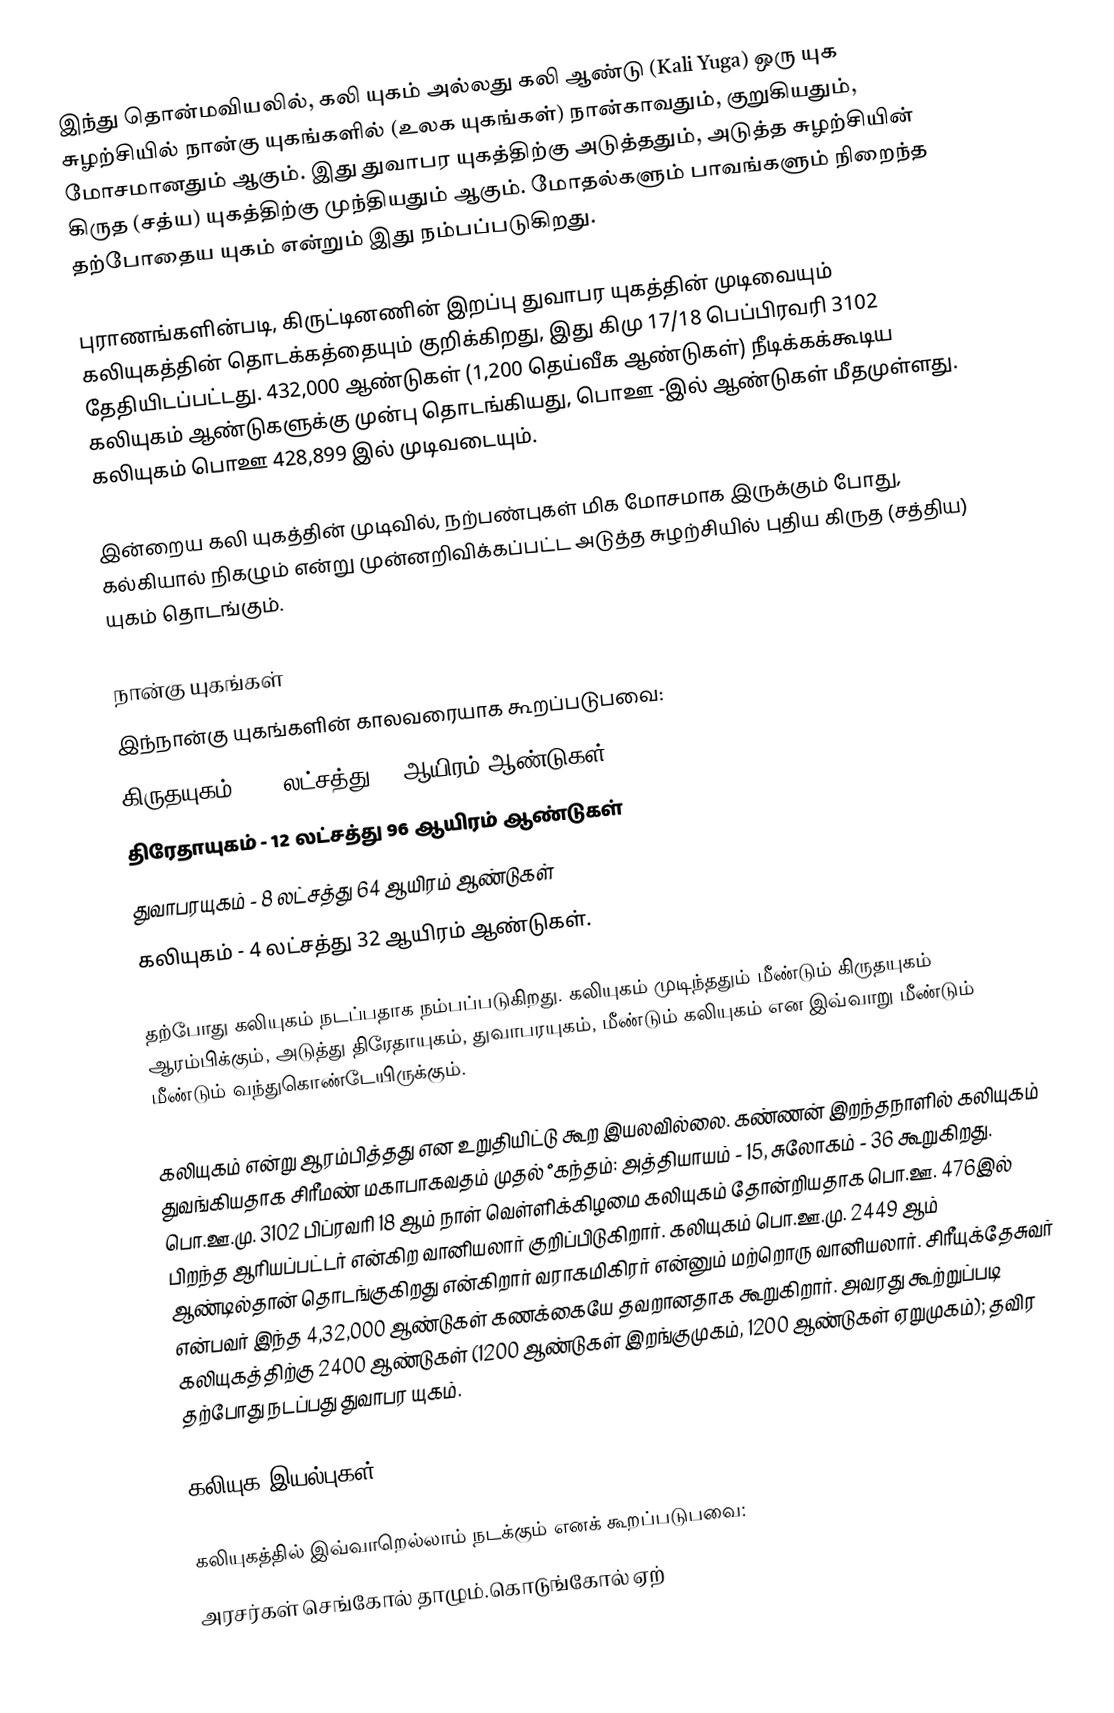
இந்து தொன்மவியலில், கலி யுகம் அல்லது கலி ஆண்டு (Kali Yuga) ஒரு யுக சுழற்சியில் நான்கு யுகங்களில் (உலக யுகங்கள்) நான்காவதும், குறுகியதும், மோசமானதும் ஆகும். இது துவாபர யுகத்திற்கு அடுத்ததும், அடுத்த சுழற்சியின் கிருத (சத்ய) யுகத்திற்கு முந்தியதும் ஆகும். மோதல்களும் பாவங்களும் நிறைந்த தற்போதைய யுகம் என்றும் இது நம்பப்படுகிறது.

புராணங்களின்படி, கிருட்டினணின் இறப்பு துவாபர யுகத்தின் முடிவையும் கலியுகத்தின் தொடக்கத்தையும் குறிக்கிறது, இது கிமு 17/18 பெப்பிரவரி 3102 தேதியிடப்பட்டது. 432,000 ஆண்டுகள் (1,200 தெய்வீக ஆண்டுகள்) நீடிக்கக்கூடிய கலியுகம்  ஆண்டுகளுக்கு முன்பு தொடங்கியது, பொஊ -இல்  ஆண்டுகள் மீதமுள்ளது. கலியுகம் பொஊ 428,899 இல் முடிவடையும்.

இன்றைய கலி யுகத்தின் முடிவில், நற்பண்புகள் மிக மோசமாக இருக்கும் போது, கல்கியால் நிகழும் என்று முன்னறிவிக்கப்பட்ட அடுத்த சுழற்சியில் புதிய கிருத (சத்திய) யுகம் தொடங்கும்.

நான்கு யுகங்கள்
இந்நான்கு யுகங்களின் காலவரையாக கூறப்படுபவை:
 கிருதயுகம் - 17 லட்சத்து 28 ஆயிரம் ஆண்டுகள்
 திரேதாயுகம் - 12 லட்சத்து 96 ஆயிரம் ஆண்டுகள்
 துவாபரயுகம் - 8 லட்சத்து 64 ஆயிரம் ஆண்டுகள்
 கலியுகம் - 4 லட்சத்து 32 ஆயிரம் ஆண்டுகள்.

தற்போது கலியுகம் நடப்பதாக நம்பப்படுகிறது. கலியுகம் முடிந்ததும் மீண்டும் கிருதயுகம் ஆரம்பிக்கும், அடுத்து திரேதாயுகம், துவாபரயுகம், மீண்டும் கலியுகம் என இவ்வாறு மீண்டும் மீண்டும் வந்துகொண்டேயிருக்கும்.

கலியுகம் என்று ஆரம்பித்தது என உறுதியிட்டு கூற இயலவில்லை. கண்ணன் இறந்தநாளில் கலியுகம் துவங்கியதாக சிரீமண் மகாபாகவதம் முதல் °கந்தம்: அத்தியாயம் - 15, சுலோகம் - 36 கூறுகிறது. பொ.ஊ.மு. 3102 பிப்ரவரி 18 ஆம் நாள் வெள்ளிக்கிழமை கலியுகம் தோன்றியதாக பொ.ஊ. 476இல் பிறந்த ஆரியப்பட்டர் என்கிற வானியலார் குறிப்பிடுகிறார். கலியுகம் பொ.ஊ.மு. 2449 ஆம் ஆண்டில்தான் தொடங்குகிறது என்கிறார் வராகமிகிரர் என்னும் மற்றொரு வானியலார். சிரீயுக்தேசுவர் என்பவர் இந்த 4,32,000 ஆண்டுகள் கணக்கையே தவறானதாக கூறுகிறார். அவரது கூற்றுப்படி கலியுகத்திற்கு 2400 ஆண்டுகள் (1200 ஆண்டுகள் இறங்குமுகம், 1200 ஆண்டுகள் ஏறுமுகம்); தவிர தற்போது நடப்பது துவாபர யுகம்.

கலியுக இயல்புகள்

கலியுகத்தில் இவ்வாறெல்லாம் நடக்கும் எனக் கூறப்படுபவை:
 அரசர்கள் செங்கோல் தாழும்.கொடுங்கோல் ஏற்